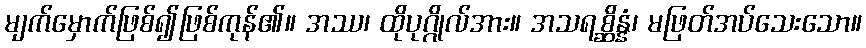
မျက်မှောက်ဖြစ်၍ဖြစ်ကုန်၏။ အဿ၊ ထိုပုဂ္ဂိုလ်အား။ အသရစ္ဆိန္နံ၊ မဖြတ်အပ်သေးသော။